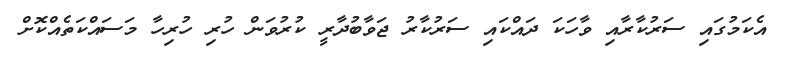
އެކަމުގައި ސަރުކާރާއި ވާހަކަ ދައްކައި ސަރުކާރު ޖަވާބުދާރީ ކުރުވަން ހުރި ހުރިހާ މަސައްކަތެއްކޮށް